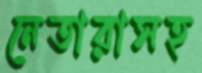
নেতারাসহ